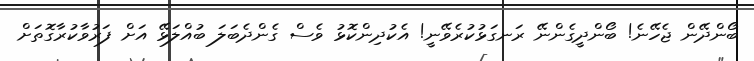
ބޯންދޭން ޖެހޭނެ! ބޯންދީގެންނޭ ރަނގަޅުކުރެވޭނީ! އެކުދިންކޮޅު ވެސް ގެންދެބަލަ ބުއްލަޅޭ އަށް ފަރުވާކުރާގޮތަށް